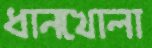
ধানখোলা